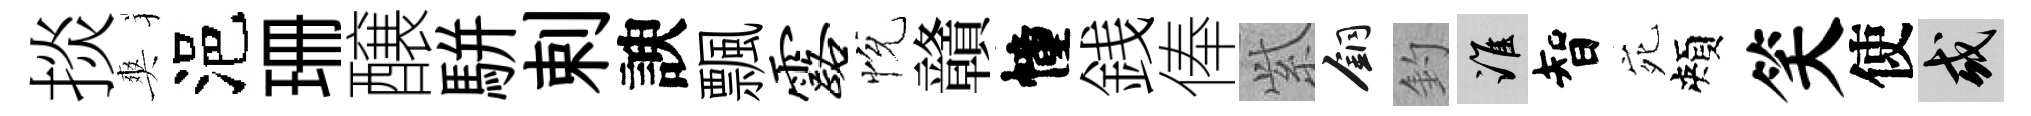
掞爽浥珊醸駢剌諛飄露恱贛幢銭俸𬗋銅釣誰智宛頰笑使或